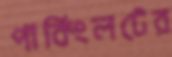
পার্কিংলটের